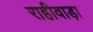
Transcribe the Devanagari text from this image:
राहीवाड़ा